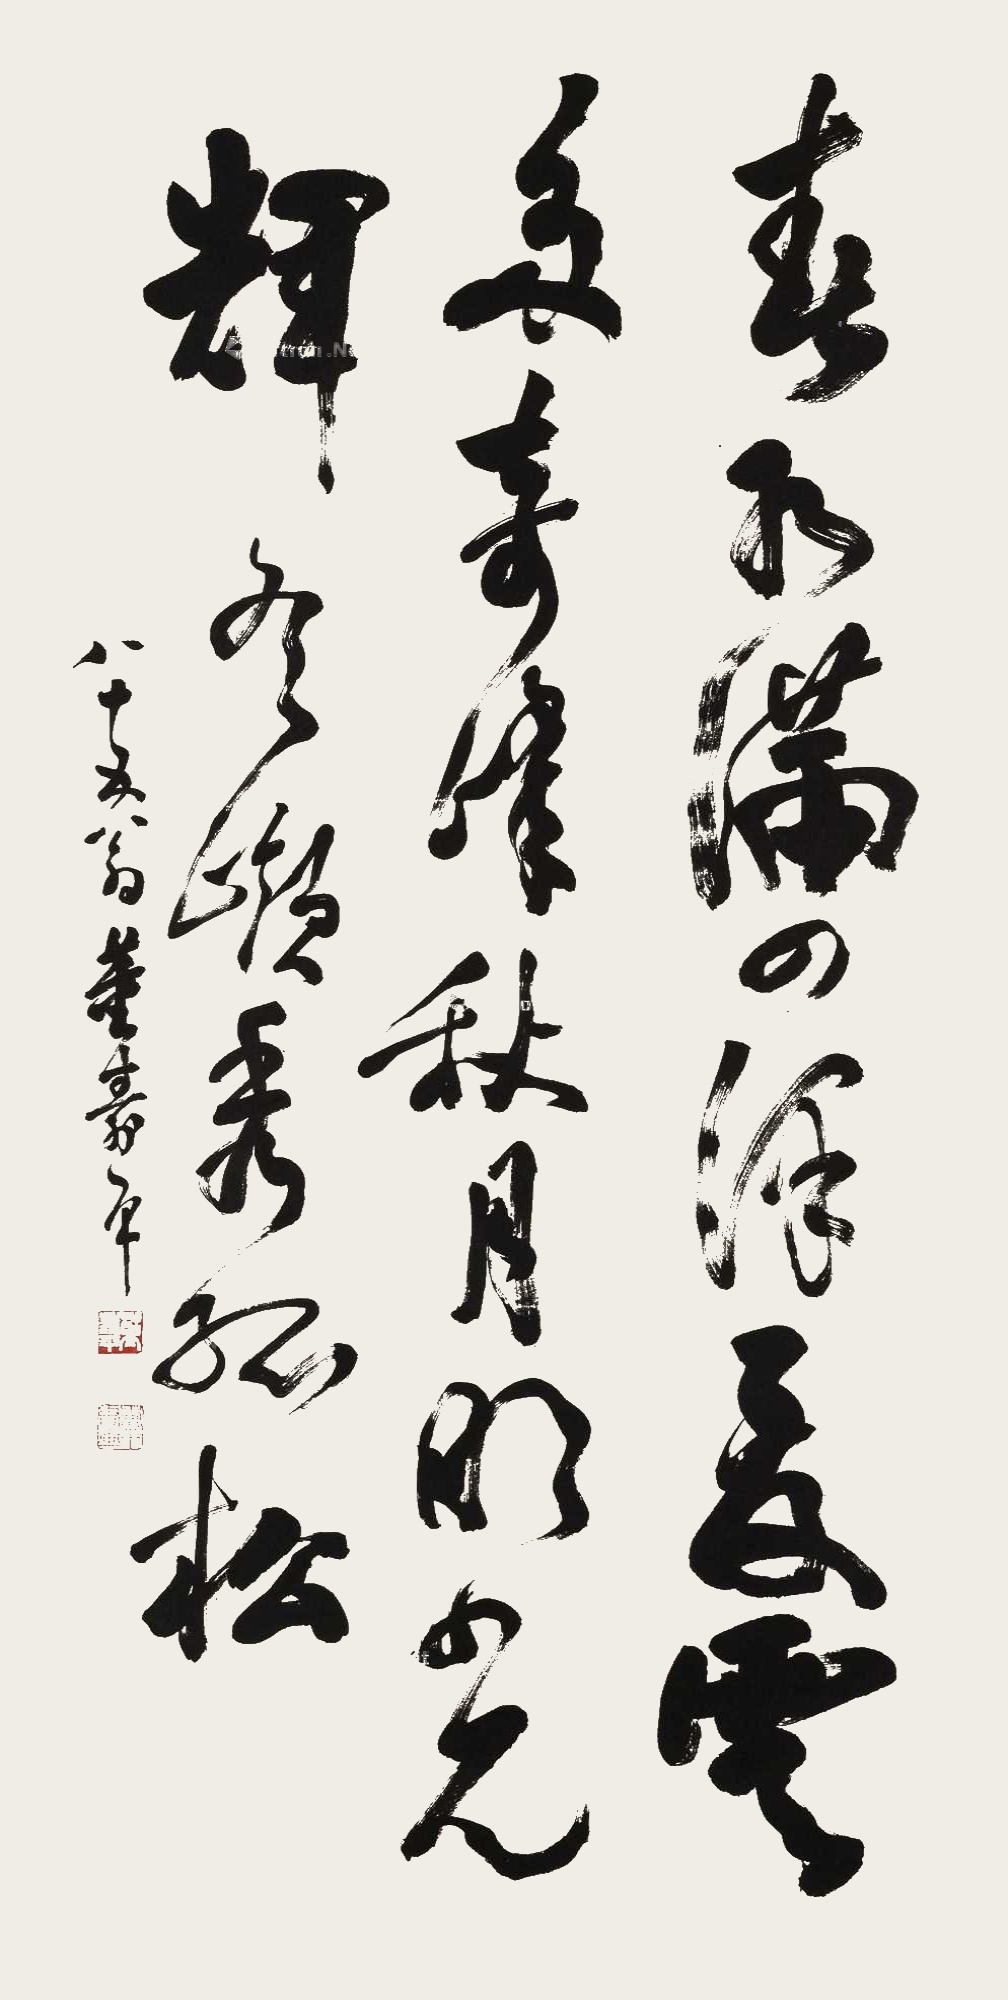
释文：春水满四泽，夏云多奇峰。秋月明光辉，冬岭秀孤松。八十五翁董寿平。